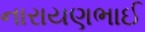
નારાયણભાઈ